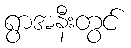
ရွာအနီးတွင်